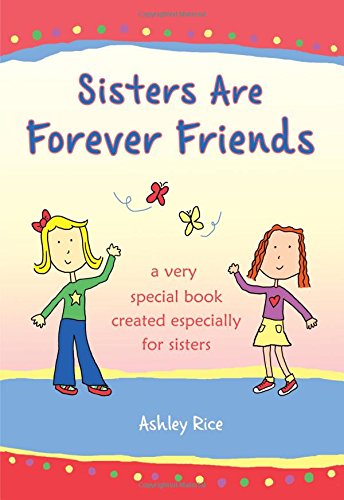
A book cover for Sisters Are Forever Friends: A Very Special Book Created Especially for Sisters; Ashley Rice; Parenting & Relationships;